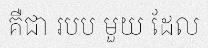
គឺជា របប មួយ ដែល